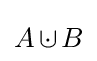
A\operatorname {{\cup }\!\!\!{\cdot }\,} B